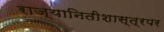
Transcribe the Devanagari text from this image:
राज्यानितीशास्त्रपर